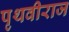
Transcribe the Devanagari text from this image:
पृथवीराज